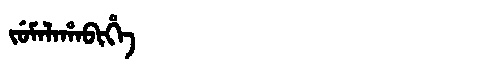
Manchu: ᠵᡠᠮᠠᠯᠠᡥᠠᠪᡳᡥᡝ
Romanization: JUMALAHABIHE